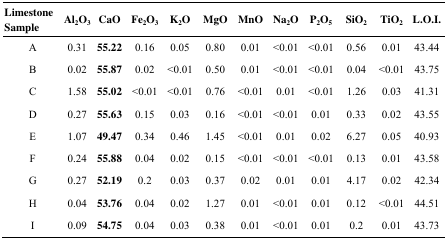
<table><thead><tr><td><b>Limestone Sample</b></td><td><b>Al<sub>2</sub>O<sub>3</sub></b></td><td><b>CaO</b></td><td><b>Fe<sub>2</sub>O<sub>3</sub></b></td><td><b>K<sub>2</sub>O</b></td><td><b>MgO</b></td><td><b>MnO</b></td><td><b>Na<sub>2</sub>O</b></td><td><b>P<sub>2</sub>O<sub>5</sub></b></td><td><b>SiO<sub>2</sub></b></td><td><b>TiO<sub>2</sub></b></td><td><b>L.O.I.</b></td></tr></thead><tbody><tr><td>A</td><td>0.31</td><td><b>55.22</b></td><td>0.16</td><td>0.05</td><td>0.80</td><td>0.01</td><td>&lt;0.01</td><td>&lt;0.01</td><td>0.56</td><td>0.01</td><td>43.44</td></tr><tr><td>B</td><td>0.02</td><td><b>55.87</b></td><td>0.02</td><td>&lt;0.01</td><td>0.50</td><td>0.01</td><td>&lt;0.01</td><td>&lt;0.01</td><td>0.04</td><td>&lt;0.01</td><td>43.75</td></tr><tr><td>C</td><td>1.58</td><td><b>55.02</b></td><td>&lt;0.01</td><td>&lt;0.01</td><td>0.76</td><td>&lt;0.01</td><td>0.01</td><td>&lt;0.01</td><td>1.26</td><td>0.03</td><td>41.31</td></tr><tr><td>D</td><td>0.27</td><td><b>55.63</b></td><td>0.15</td><td>0.03</td><td>0.16</td><td>&lt;0.01</td><td>&lt;0.01</td><td>0.01</td><td>0.33</td><td>0.02</td><td>43.55</td></tr><tr><td>E</td><td>1.07</td><td><b>49.47</b></td><td>0.34</td><td>0.46</td><td>1.45</td><td>&lt;0.01</td><td>0.01</td><td>0.02</td><td>6.27</td><td>0.05</td><td>40.93</td></tr><tr><td>F</td><td>0.24</td><td><b>55.88</b></td><td>0.04</td><td>0.02</td><td>0.15</td><td>&lt;0.01</td><td>&lt;0.01</td><td>&lt;0.01</td><td>0.13</td><td>0.01</td><td>43.58</td></tr><tr><td>G</td><td>0.27</td><td><b>52.19</b></td><td>0.2</td><td>0.03</td><td>0.37</td><td>0.02</td><td>0.01</td><td>0.01</td><td>4.17</td><td>0.02</td><td>42.34</td></tr><tr><td>H</td><td>0.04</td><td><b>53.76</b></td><td>0.04</td><td>0.02</td><td>1.27</td><td>0.01</td><td>&lt;0.01</td><td>0.01</td><td>0.12</td><td>&lt;0.01</td><td>44.51</td></tr><tr><td>I</td><td>0.09</td><td><b>54.75</b></td><td>0.04</td><td>0.03</td><td>0.38</td><td>0.01</td><td>&lt;0.01</td><td>0.01</td><td>0.2</td><td>0.01</td><td>43.73</td></tr></tbody></table>